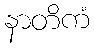
နာတိကံ